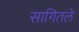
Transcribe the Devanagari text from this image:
सागितले